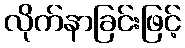
လိုက်နာခြင်းဖြင့်